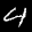
Label: 4